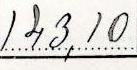
143,10